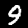
Digit: 9